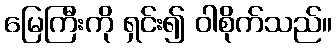
မြေကြီးကို ရှင်း၍ ဝါစိုက်သည်။